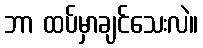
ဘာ ထပ်မှာချင်သေးလဲ။